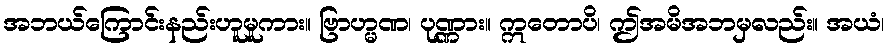
အဘယ်ကြောင်းနည်းဟူမူကား။ ဗြာဟ္မဏ၊ ပုဏ္ဏား။ ဣတောပိ၊ ဤအမိအဘမှလည်း။ အယံ၊